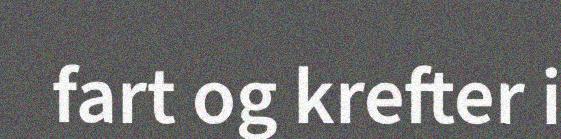
fart og krefter i